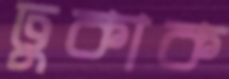
ঢুকাক